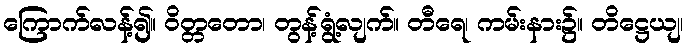
ကြောက်လန့်၍။ ဝိတ္တတော၊ တွန့်ရွံ့လျက်။ တီရေ၊ ကမ်းနား၌။ တိဋ္ဌေယျ၊